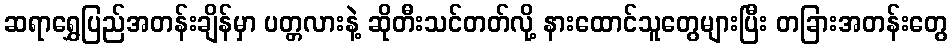
ဆရာရွှေပြည်အတန်းချိန်မှာ ပတ္တလားနဲ့ ဆိုတီးသင်တတ်လို့ နားထောင်သူတွေများပြီး တခြားအတန်းတွေ